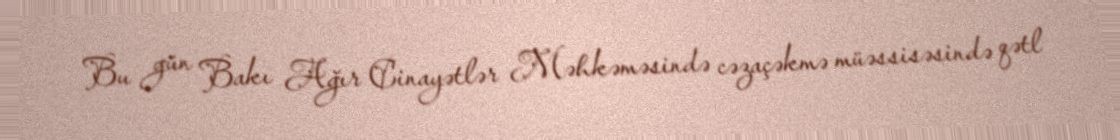
Bu gün Bakı Ağır Cinayətlər Məhkəməsində cəzaçəkmə müəssisəsində qətl